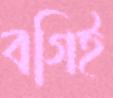
বগিই